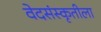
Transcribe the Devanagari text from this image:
वेदसंस्कृतीला